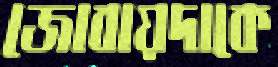
জোবায়দাকে